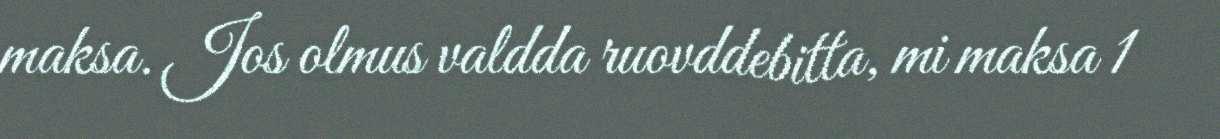
maksa. Jos olmus valdda ruovddebitta, mi maksa 1